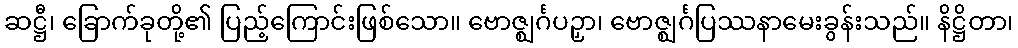
ဆဋ္ဌီ၊ ခြောက်ခုတို့၏ ပြည့်ကြောင်းဖြစ်သော။ ဗောဇ္ဈင်္ဂပဉှာ၊ ဗောဇ္ဈင်္ဂပြဿနာမေးခွန်းသည်။ နိဋ္ဌိတာ၊